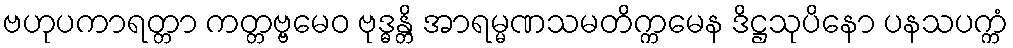
ဗဟုပကာရတ္တာ ကတ္တဗ္ဗမေဝ ဗုဒ္ဓန္တိ အာရမ္မဏသမတိက္ကမေန ဒိဋ္ဌသုပိနော ပနသပက္ကံ